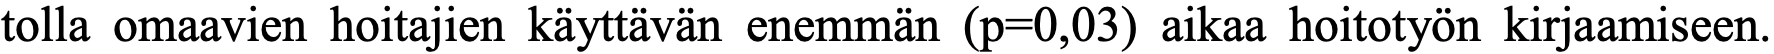
tolla omaavien hoitajien käyttävän enemmän (p=0,03) aikaa hoitotyön kirjaamiseen.